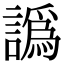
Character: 譌